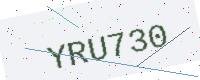
Text: YRU730